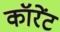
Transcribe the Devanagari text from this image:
कॉरेंट